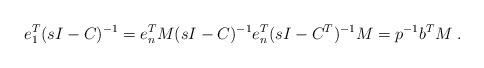
LaTeX: \begin{align*} e^T_1 (sI-C)^{-1} = e^T_n M(sI-C)^{-1} e_n^T(sI-C^T)^{-1} M = p^{-1} b^TM\; . \end{align*}